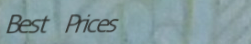
Best Prices